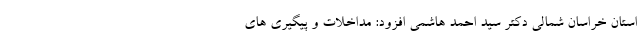
استان خراسان شمالی دکتر سید احمد هاشمی افزود: مداخلات و پیگیری های